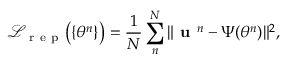
\mathcal { L } _ { \mathrm { ~ r ~ e ~ p ~ } } \big ( \{ \theta ^ { n } \} \big ) = \frac { 1 } { N } \sum _ { n } ^ { N } \| \textbf { u } ^ { n } - \boldsymbol { \Psi } ( \theta ^ { n } ) \| ^ { 2 } ,